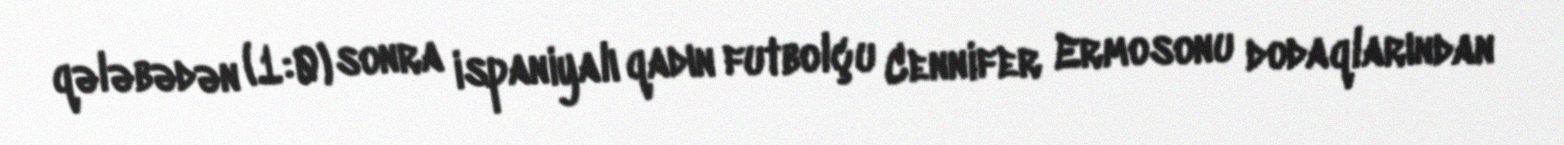
qələbədən (1:0) sonra ispaniyalı qadın futbolçu Cennifer Ermosonu dodaqlarından